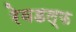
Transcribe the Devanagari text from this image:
रेवडल्फ